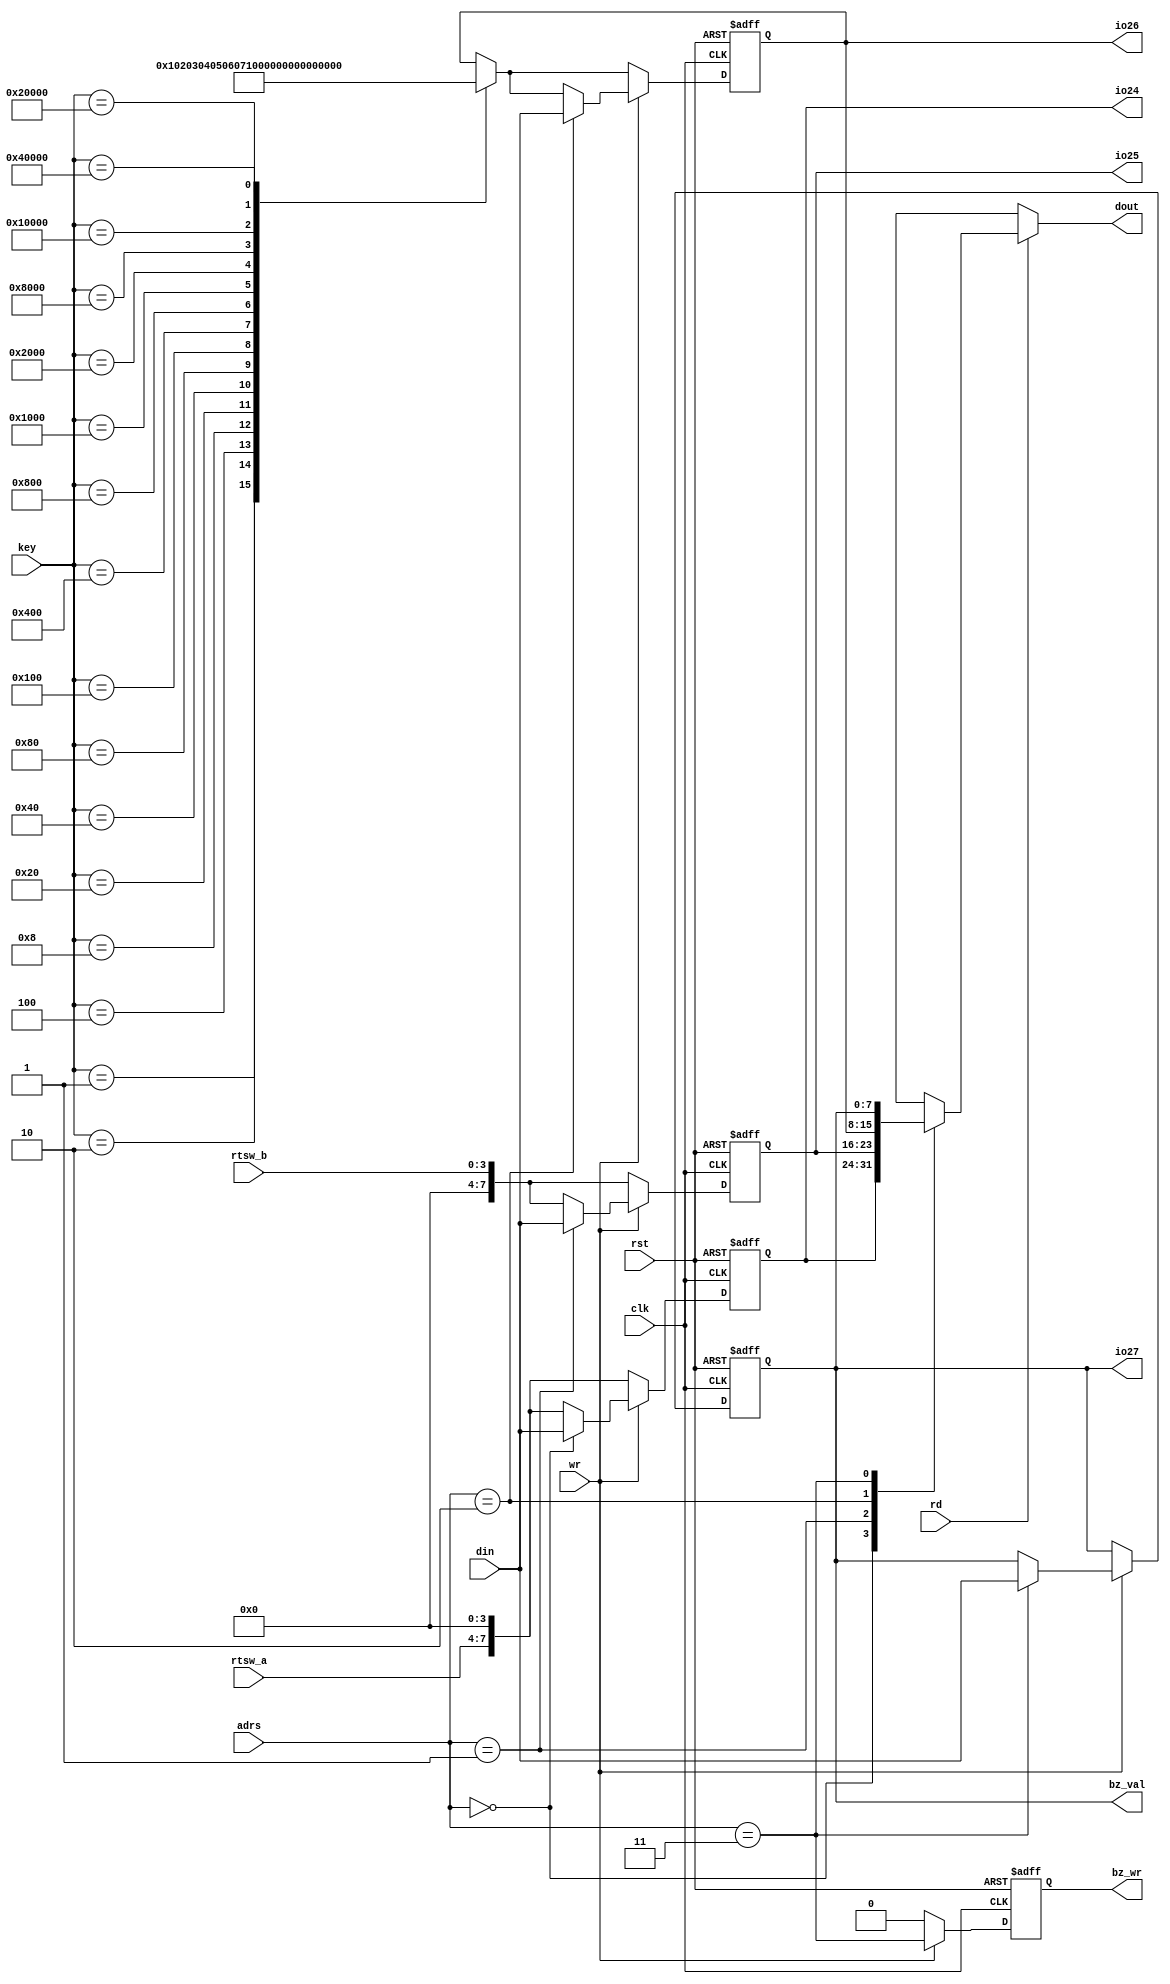
module io_port(
	clk, rst, 
	adrs, din, dout, rd, wr, 
	rtsw_a, rtsw_b, key, bz_val, bz_wr, 
	io24, io25, io26, io27 );
	
	input  clk, rst;
	input  [ 1:0] adrs;
	input  [ 7:0] din;
	output [ 7:0] dout;
	input  rd, wr;
	input  [ 3:0] rtsw_a;
	input  [ 3:0] rtsw_b;
	input  [19:0] key;
	output [ 7:0] bz_val;
	output bz_wr;
	output [ 7:0] io24, io25, io26, io27;
	
	reg    bz_wr;
	
	reg    [ 7:0] io_data[0:3];
	
	always@( posedge clk or negedge rst ) begin
		if( rst == 1'b0 ) begin
			io_data[0] <= 8'b00000000;
			io_data[1] <= 8'b00000000;
			io_data[2] <= 8'b00000000;
			io_data[3] <= 8'b00000000;
			bz_wr <= 1'b0;
		end else begin
			io_data[0] <= {rtsw_a, 4'h0};
			io_data[1] <= {4'h0, rtsw_b};
			case( key )
				20'h00001 : io_data[2] <= 8'h00;
				20'h00002 : io_data[2] <= 8'h01;
				20'h00004 : io_data[2] <= 8'h02;
				20'h00008 : io_data[2] <= 8'h03;
				20'h00020 : io_data[2] <= 8'h04;
				20'h00040 : io_data[2] <= 8'h05;
				20'h00080 : io_data[2] <= 8'h06;
				20'h00100 : io_data[2] <= 8'h07;
				20'h00400 : io_data[2] <= 8'h08;
				20'h00800 : io_data[2] <= 8'h09;
				20'h01000 : io_data[2] <= 8'h0A;
				20'h02000 : io_data[2] <= 8'h0B;
				20'h08000 : io_data[2] <= 8'h0C;
				20'h10000 : io_data[2] <= 8'h0D;
				20'h20000 : io_data[2] <= 8'h0E;
				20'h40000 : io_data[2] <= 8'h0F;
			endcase
			if( wr == 1'b1 ) begin
				io_data[adrs] <= din;
				bz_wr <= ( adrs == 2'b11 );
			end else begin
				bz_wr <= 1'b0;
			end
		end
	end
	
	assign dout = ( rd == 1'b1 ) ? io_data[adrs] : 8'bxxxxxxxx;
	assign bz_val = io_data[3];
	
	assign io24 = io_data[0];
	assign io25 = io_data[1];
	assign io26 = io_data[2];
	assign io27 = io_data[3];
	
endmodule